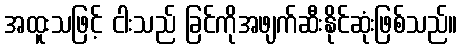
အထူးသဖြင့် ငါးသည် ခြင်ကိုအဖျက်ဆီးနိုင်ဆုံးဖြစ်သည်။